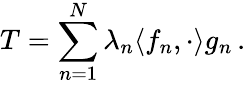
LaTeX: T=\sum_{n=1}^{N}\lambda_{n}\langle f_{n},\cdot\rangle g_{n}\, .